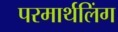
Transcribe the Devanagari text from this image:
परमार्थलिंग